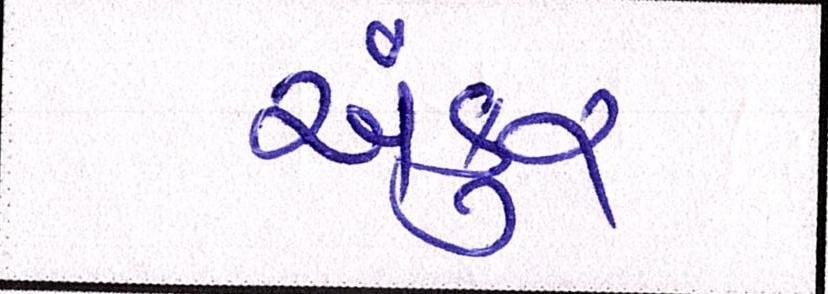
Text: અંકુર